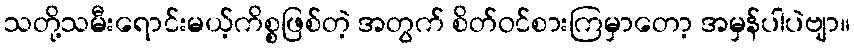
သတို့သမီးရောင်းမယ့်ကိစ္စဖြစ်တဲ့ အတွက် စိတ်ဝင်စားကြမှာတော့ အမှန်ပါပဲဗျာ။